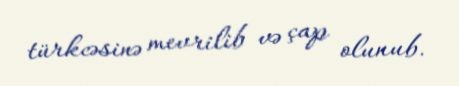
türkcəsinə mevrilib və çap olunub.